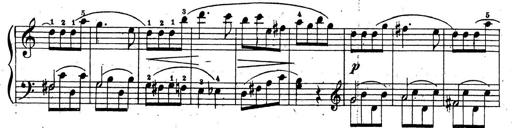
Title: 10 Sonatinas
Composer: Fritz Spindler